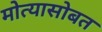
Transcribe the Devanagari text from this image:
मोत्यासोबत